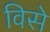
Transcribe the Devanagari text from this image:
विसे